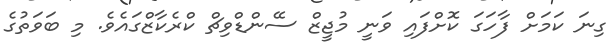
ގިނަ ކަމަށް ފާހަގަ ކޮށްފައި ވަނީ މުޖީޒް ސޭންޑްވިޗް ކްރެކާޒްގައެވެ. މި ބަވަތުގެ